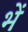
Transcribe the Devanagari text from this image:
भें